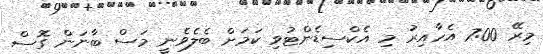
މިރޭ 7:00 އެހާއިރު މި އެކްސިޑެންޓުވި ކަމަށް ބެލެވެނީ މަސް ބާނަން ގޮސް